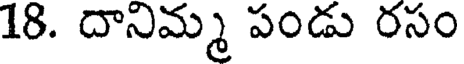
18. దానిమ్మ పండు రసం